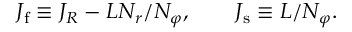
\begin{array} { r } { J _ { \mathrm { f } } \equiv J _ { R } - L N _ { r } / N _ { \varphi } , \, \, \, \, \, \, \, \, \, \, \, \, J _ { \mathrm { s } } \equiv L / N _ { \varphi } . } \end{array}